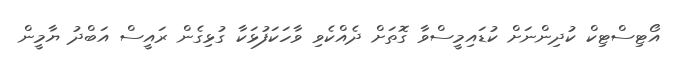
އޯޓިސްޓިކް ކުދިންނަށް ކުޑައިމީސްވާ ގޮތަށް ދެއްކެވި ވާހަކަފުޅަކާ ގުޅިގެން ރައީސް އަބްދު ޔާމީން